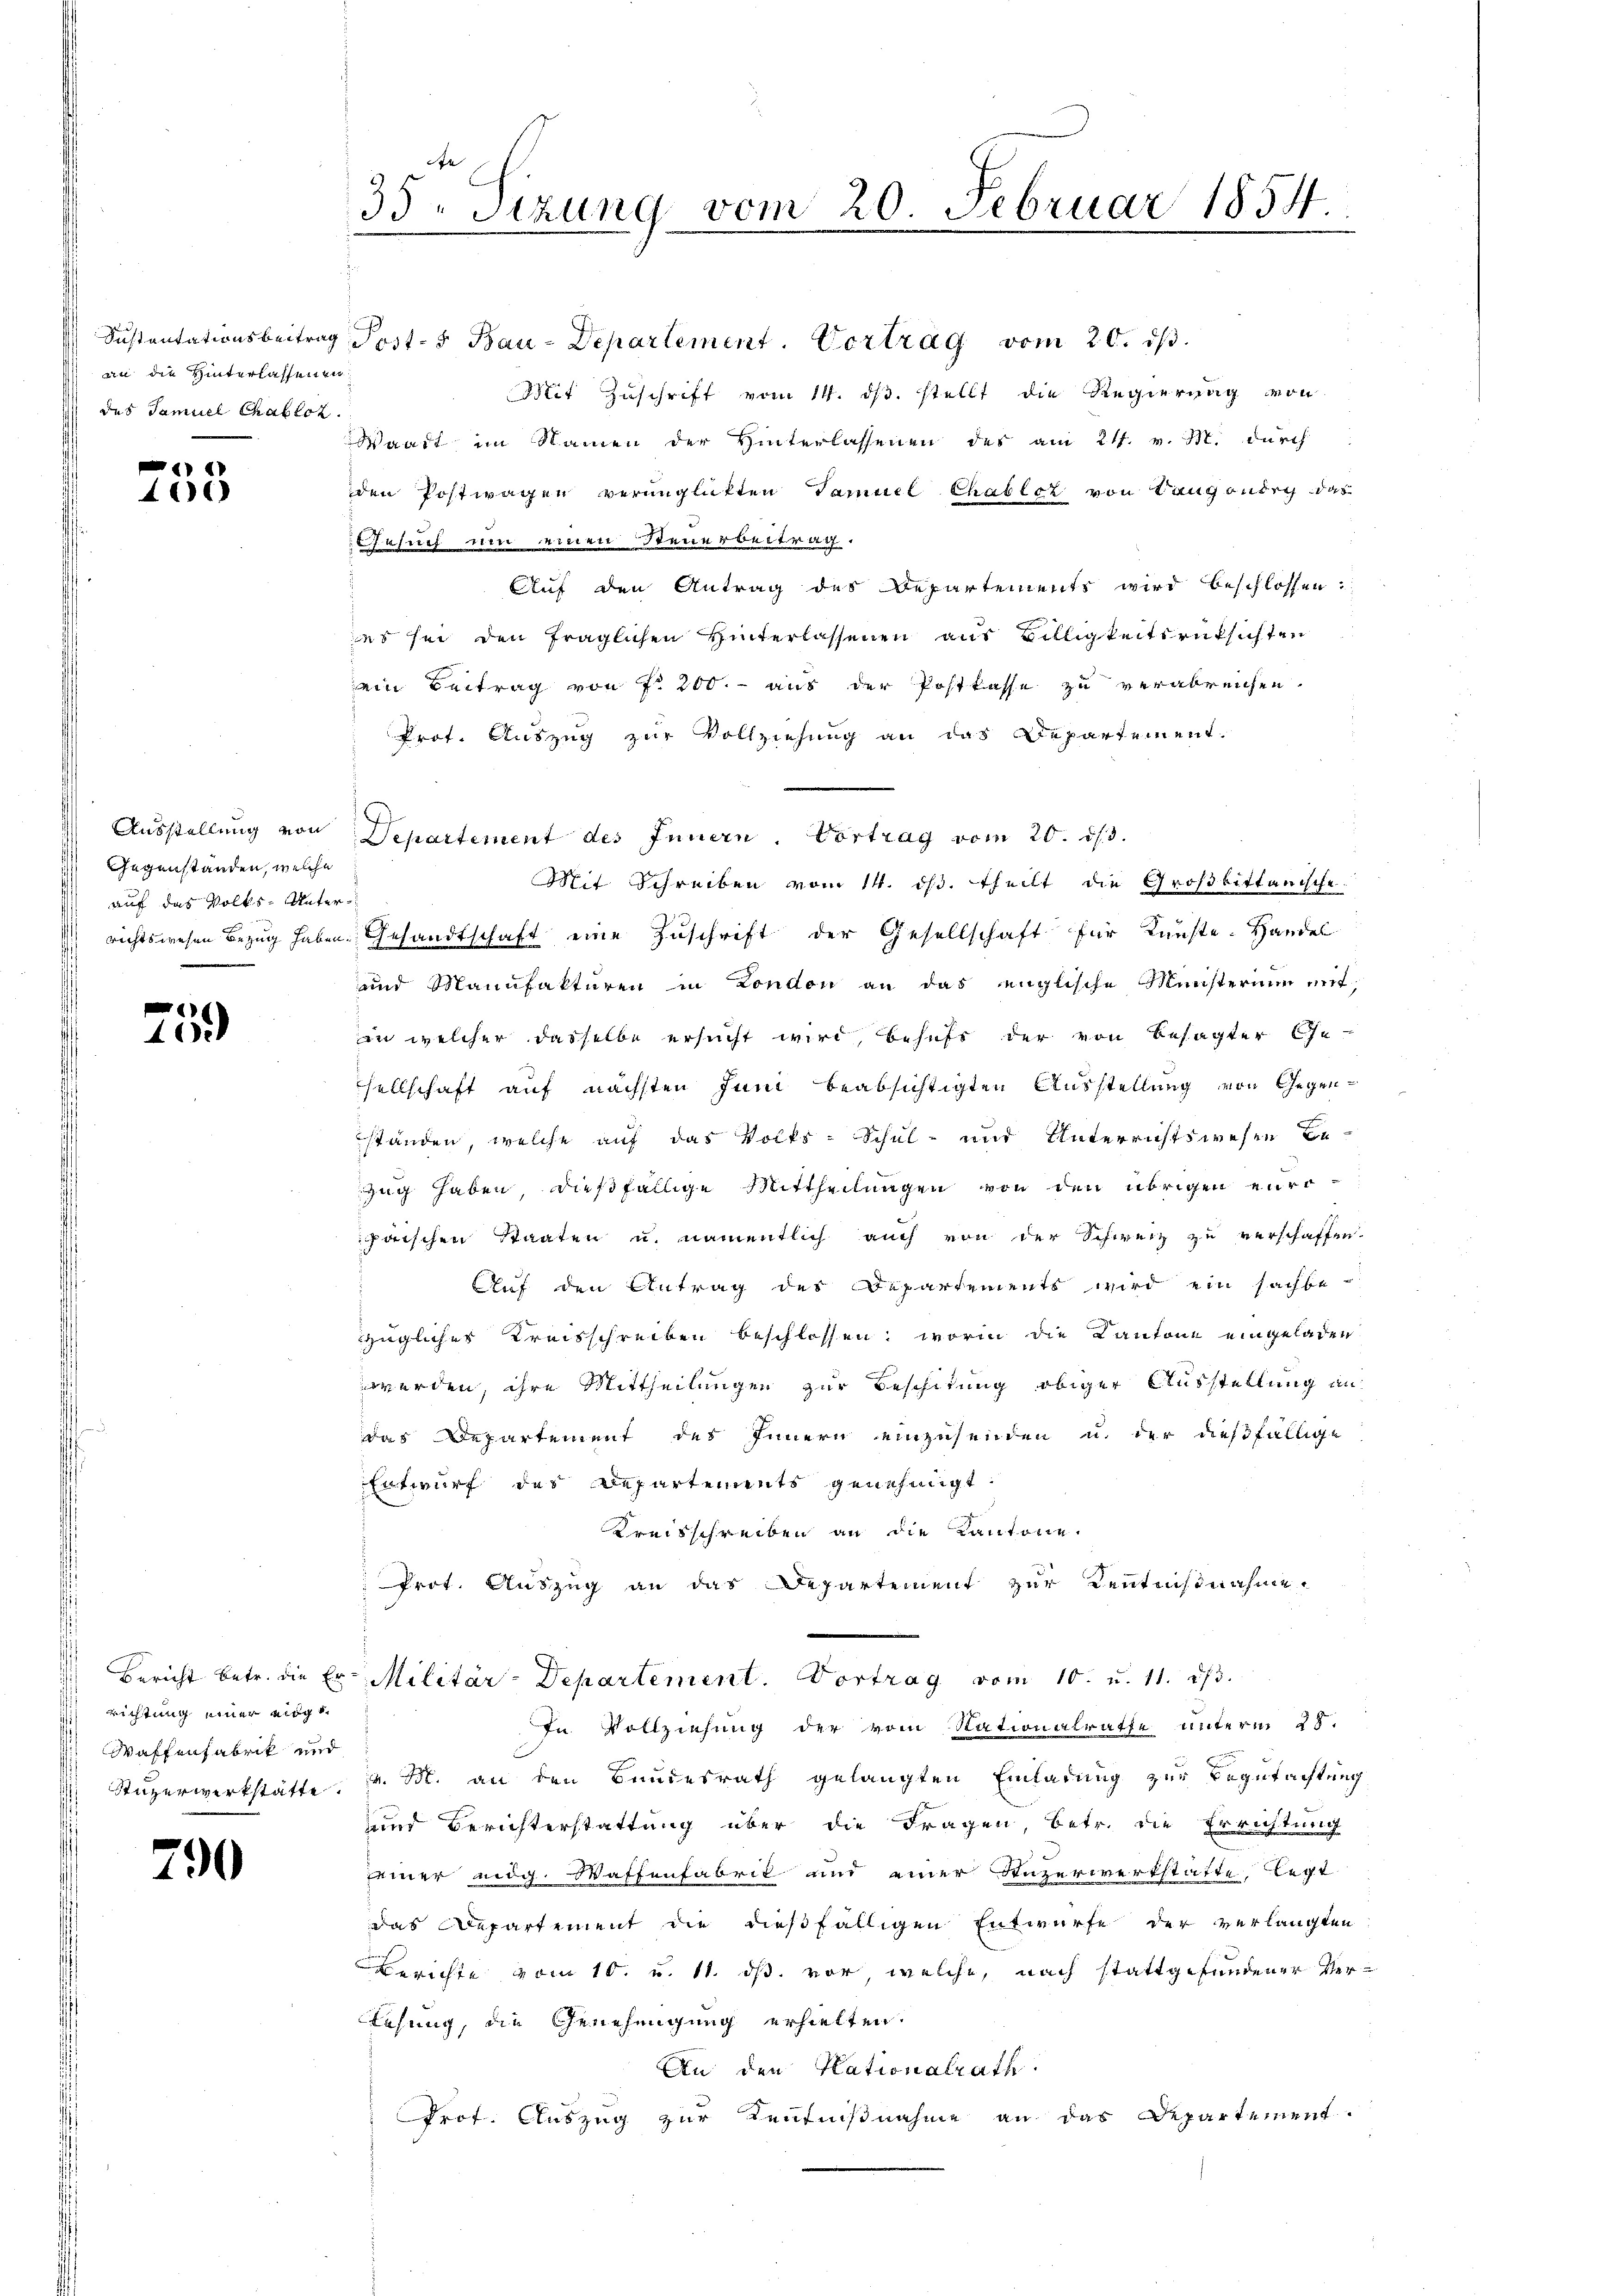
an die Hinterlassenen
das Samuel Chablot

e
1

Gegenstanden, welche
auf das Volks-Unter¬

s
40

richtung einer eidge¬
Waffenfabrik und

790

35. Sizung vom 20. Februar 1854.

Sustentationsbeitrag Post- & Bau-Departement. Vortrag vom 20. ds.
Mit Zuschrift vom 14. ds. stellt die Regierung von
Waadt im Namen der Hinterlassenen des am 21. v. M. durch
den Postwagen verunglückten Samuel Chabloz von Langsnorg das
Gesuch um einen Steuerbeitrag.
Auf den Antrag des Departements wird beschlossen:
es sei den fraglichen Hinterlassenen aus Billigkeitsrüksichten
ein Beitrag von 7. 200.- aus der Postkasse zu verabreichen.
Prof. Auszug zur Vollziehung an das Departement.
Ausstellung von Departement des Innern. Vortrag vom 20. d. 3.
Mit Schreiben vom 14. ds. theilt die Großbittanische.
) richtswesen Bezug haben. Gesandtschaft eine Zuschrift der Gesellschaft für Künste. Handel
und Manufakturen in London an das englische Ministerium mit,
in welcher dasselbe ersucht wird, behufs der von Besagter Ge-
sellschaft auf nächsten Juni beabsichtigten Ausstellung von Gegenständen, welche auf das Volks-Schul- und Unterrichtswesen Bezug haben, dießfällige Mittheilungen von den übrigen europaischen Staaten u. namentlich auch von der Schweiz zu verschaffen.
Auf den Antrag des Departements wird ein sachbe-
s
züglicher Kreisschreiben beschlossen; worin die Kantone eingeladen
werden, ihre Mittheilungen zur Beschitung obiger Ausstellung an
das Departement des Innern einzusenden u. der dießfällige
Entwurf das Departements genehmigt.
Kreisschreiben an die Kantone.
Prot. Auszug an das Departement zur Kenntnisnahme
Bericht betr. die Er-Militär-Departement. Vortrag vom 10. u. 11. ds.
In Vollziehung der vom Stationalrathe unterm 28.
Stuzerwerkstätte, v. M. an den Bundesrath gelangten Einladung zur Begutachtung
und Berichterstattung über die Fragen, betr. die Errichtung
seiner eidg. Waffenfabrik und einer Luzerwerkstatte, legt
das Repartement die dießfälligen Entwurfe der verlangten
Berichte vom 10. u. 11. ds. vor, welche, nach stattgefundener Ver¬
Lesung, die Genehmigung erhielten.
An den Kationalrath.
Prof. Auszug zur Kenntnißnahme an das Departement.